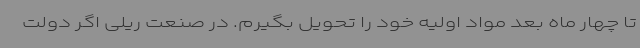
تا چهار ماه بعد مواد اولیه خود را تحویل بگیرم. در صنعت ریلی اگر دولت